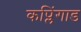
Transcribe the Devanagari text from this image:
कप्लिंगाड